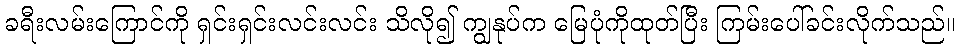
ခရီးလမ်းကြောင်ကို ရှင်းရှင်းလင်းလင်း သိလို၍ ကျွနုပ်က မြေပုံကိုထုတ်ပြီး ကြမ်းပေါ်ခင်းလိုက်သည်။